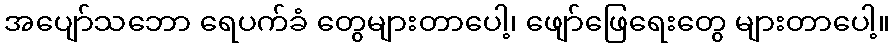
အပျော်သဘော ရေပက်ခံ တွေများတာပေါ့၊ ဖျော်ဖြေရေးတွေ များတာပေါ့။